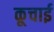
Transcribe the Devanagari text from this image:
कूचाई